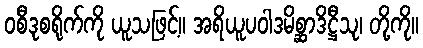
ဝစီဒုစရိုက်ကို ယူသဖြင့်။ အရိယူပဝါဒမိစ္ဆာဒိဋ္ဌီသု၊ တို့ကို။